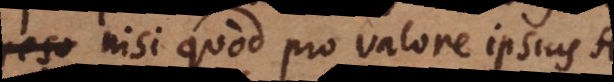
reso nisi quod pro valore ipsius A